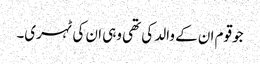
جو قوم ان کے والد کی تھی وہی ان کی ٹہری۔